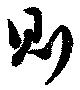
則